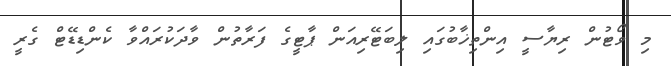
މި ވޯޓުން ރިޔާސީ އިންތިޚާބުގައި ލިބަޓޭރިއަން ޕާޓީގެ ފަރާތުން ވާދަކުރައްވާ ކެންޑިޑޭޓް ގެރީ